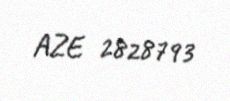
AZE 2828793